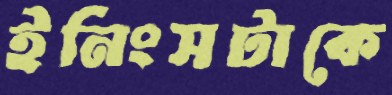
ইনিংসটাকে